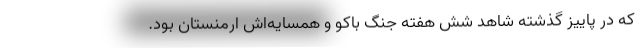
که در پاییز گذشته شاهد شش هفته جنگ باکو و همسایه‌اش ارمنستان بود.